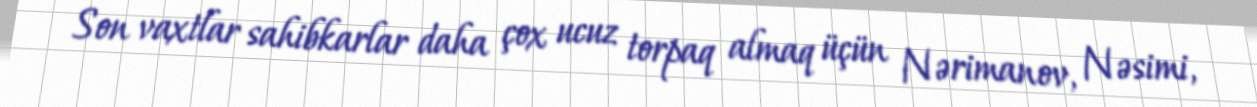
Son vaxtlar sahibkarlar daha çox ucuz torpaq almaq üçün Nərimanov, Nəsimi,